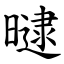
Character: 曃